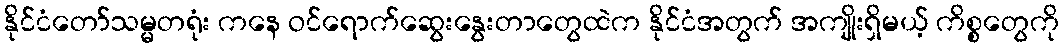
နိုင်ငံတော်သမ္မတရုံး ကနေ ဝင်ရောက်ဆွေးနွေးတာတွေထဲက နိုင်ငံအတွက် အကျိုးရှိမယ့် ကိစ္စတွေကို